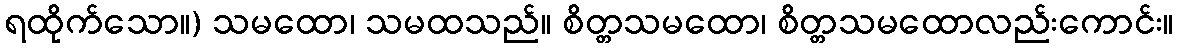
ရထိုက်သော။) သမထော၊ သမထသည်။ စိတ္တသမထော၊ စိတ္တသမထောလည်းကောင်း။